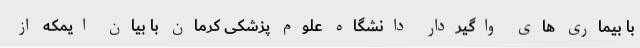
با بیماری های واگیردار دانشگاه علوم پزشکی کرمان با بیان ایمکه از